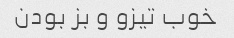
خوب تیزو و بز بودن